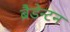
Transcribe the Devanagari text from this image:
ब्रैडेन्टन